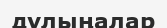
дулыңалар